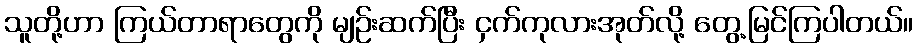
သူတို့ဟာ ကြယ်တာရာတွေကို မျဉ်းဆက်ပြီး ငှက်ကုလားအုတ်လို့ တွေ့မြင်ကြပါတယ်။